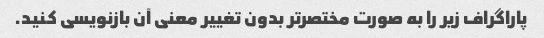
پاراگراف زیر را به صورت مختصرتر بدون تغییر معنی آن بازنویسی کنید.